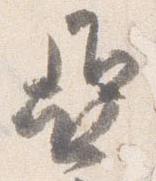
亜